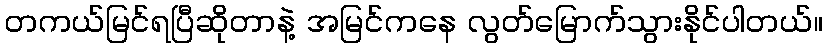
တကယ်မြင်ရပြီဆိုတာနဲ့ အမြင်ကနေ လွတ်မြောက်သွားနိုင်ပါတယ်။